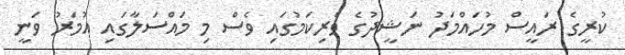
ކުރީގެ ރައީސް މުހައްމަދު ނަޝީދުގެ ވެރިކަމުގައި ވެސް މި މައްސަލާގައި އުމަރު ވަނީ